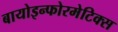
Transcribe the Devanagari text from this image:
बायोइन्फोरमेटिक्स